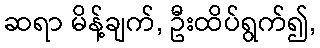
ဆရာ မိန့်ချက်, ဦးထိပ်ရွက်၍,